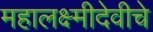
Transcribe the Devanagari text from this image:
महालक्ष्मीदेवीचे